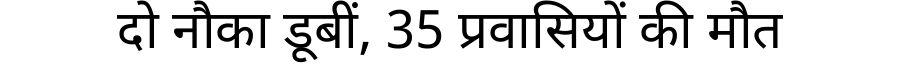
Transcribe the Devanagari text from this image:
दो नौका डूबीं, 35 प्रवासियों की मौत